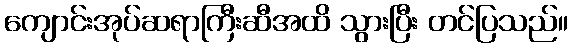
ကျောင်းအုပ်ဆရာကြီးဆီအထိ သွားပြီး တင်ပြသည်။